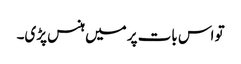
تو اس بات پر میں ہنس پڑی۔